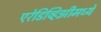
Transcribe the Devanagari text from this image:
एरेडिव्हिझीमध्ये